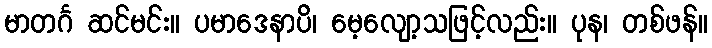
မာတင်္ဂ ဆင်မင်း။ ပမာဒေနာပိ၊ မေ့လျော့သဖြင့်လည်း။ ပုန၊ တစ်ဖန်။